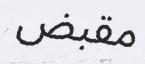
مقبض